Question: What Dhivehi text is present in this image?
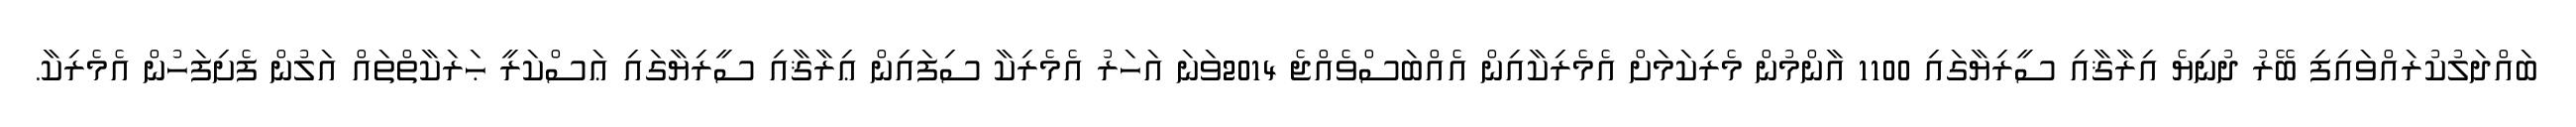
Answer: ބައްދަލުކުރައްވައިފި ބޭރު ދުނިޔެ އިރާޤާއި ސީރިޔާގައި 1100 އާންމުން މެރިކަމަށް އެމެރިކާއިން އެއްބަސްވެއްޖެ 2014ވަނަ އަހަރު އެމެރިކާ ސިފައިން ޢިރާޤާއި ސީރިޔާގައި ޢަސްކަރީ ޙަރަކާތްތައް އަލުން ފެށިފަހުން އެމެރިކާ.